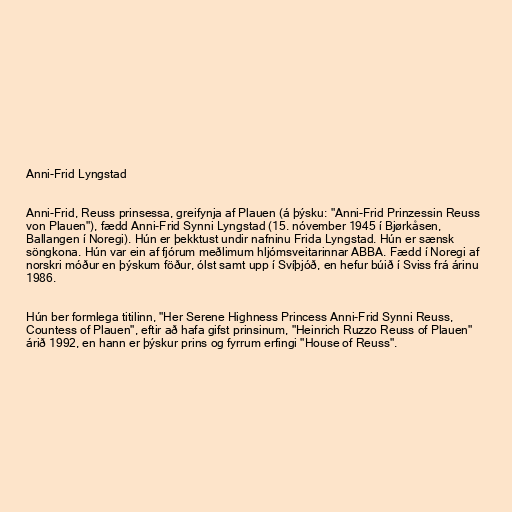
Anni-Frid Lyngstad

Anni-Frid, Reuss prinsessa, greifynja af Plauen (á þýsku: "Anni-Frid Prinzessin Reuss
von Plauen"), fædd Anni-Frid Synni Lyngstad (15. nóvember 1945 í Bjørkåsen,
Ballangen í Noregi). Hún er þekktust undir nafninu Frida Lyngstad. Hún er sænsk
söngkona. Hún var ein af fjórum meðlimum hljómsveitarinnar ABBA. Fædd í Noregi af
norskri móður en þýskum föður, ólst samt upp í Svíþjóð, en hefur búið í Sviss frá árinu
1986.

Hún ber formlega titilinn, "Her Serene Highness Princess Anni-Frid Synni Reuss,
Countess of Plauen", eftir að hafa gifst prinsinum, "Heinrich Ruzzo Reuss of Plauen"
árið 1992, en hann er þýskur prins og fyrrum erfingi "House of Reuss".